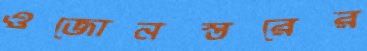
ওজোনস্তরের